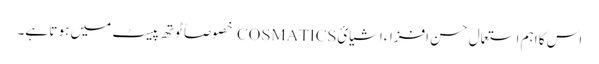
اس کا اہم استعمال حسن افزاءاشیائCOSMATICS خصوصاً ٹوتھ پیسٹ میں ہو تا ہے۔